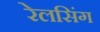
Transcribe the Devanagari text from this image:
रेलसिंग